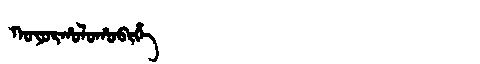
Manchu: ᡴᠣᠶᠣᡵᡥᠣᠯᠣᡥᠣᠪᡳᡥᡝ
Romanization: KOYORHOLOHOBIHE